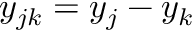
y _ { j k } = y _ { j } - y _ { k }